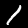
Label: 1